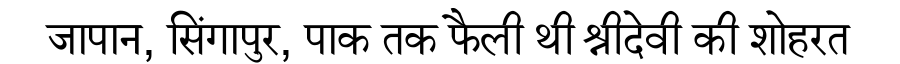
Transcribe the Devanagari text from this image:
जापान, सिंगापुर, पाक तक फैली थी श्रीदेवी की शोहरत